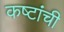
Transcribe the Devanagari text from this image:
कष्टांची